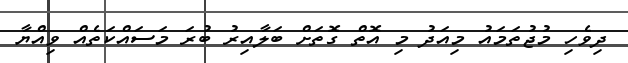
ދިވެހި މުޖުތަމައު މިއަދު މި އޮތް ގޮތަށް ބަލާއިރު ބުރަ މަސައްކަތެއް ވިއްޔާ